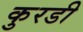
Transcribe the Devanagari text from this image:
कुरडी